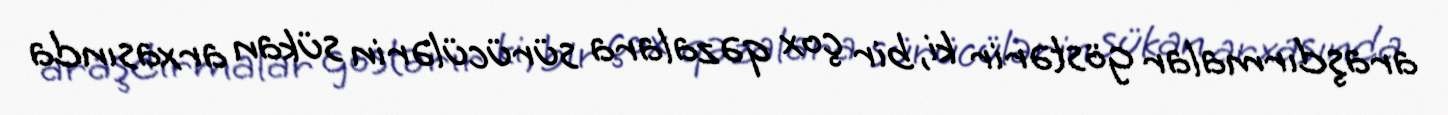
araşdırmalar göstərir ki, bir çox qəzalara sürücülərin sükan arxasında